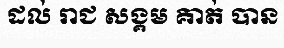
ដល់ រាជ សង្គម គាត់ បាន